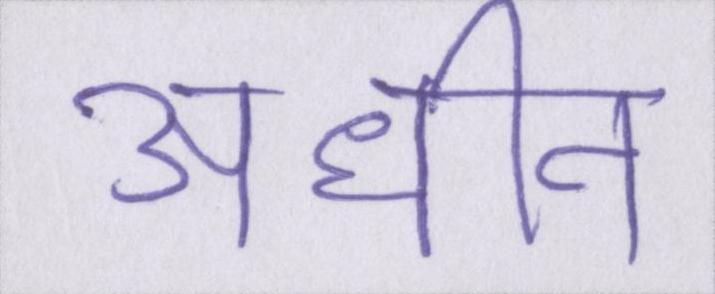
अधीन